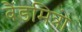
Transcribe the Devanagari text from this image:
बैंडमित्रों